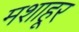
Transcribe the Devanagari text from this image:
मशाहूर